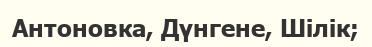
Антоновка, Дүнгене, Шілік;